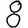
Digit: 8